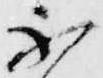
不